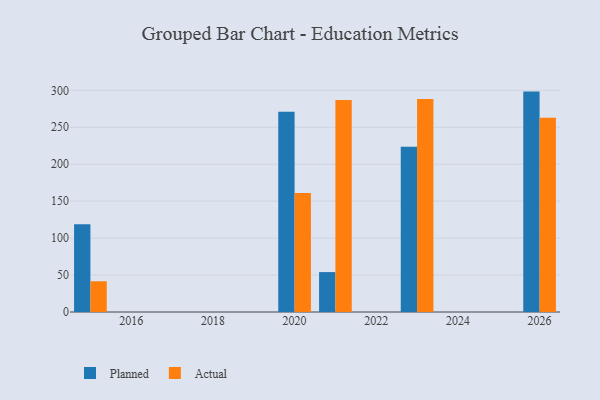
{"axis": {"x": "Year", "y": "Active Users"}, "legend": ["Actual", "Planned"], "data": [{"x": "2021", "y": 54.0, "type": "Planned"}, {"x": "2021", "y": 287.1, "type": "Actual"}, {"x": "2026", "y": 298.3, "type": "Planned"}, {"x": "2026", "y": 262.8, "type": "Actual"}, {"x": "2020", "y": 271.1, "type": "Planned"}, {"x": "2020", "y": 160.9, "type": "Actual"}, {"x": "2015", "y": 118.7, "type": "Planned"}, {"x": "2015", "y": 41.6, "type": "Actual"}, {"x": "2023", "y": 223.6, "type": "Planned"}, {"x": "2023", "y": 288.3, "type": "Actual"}]}